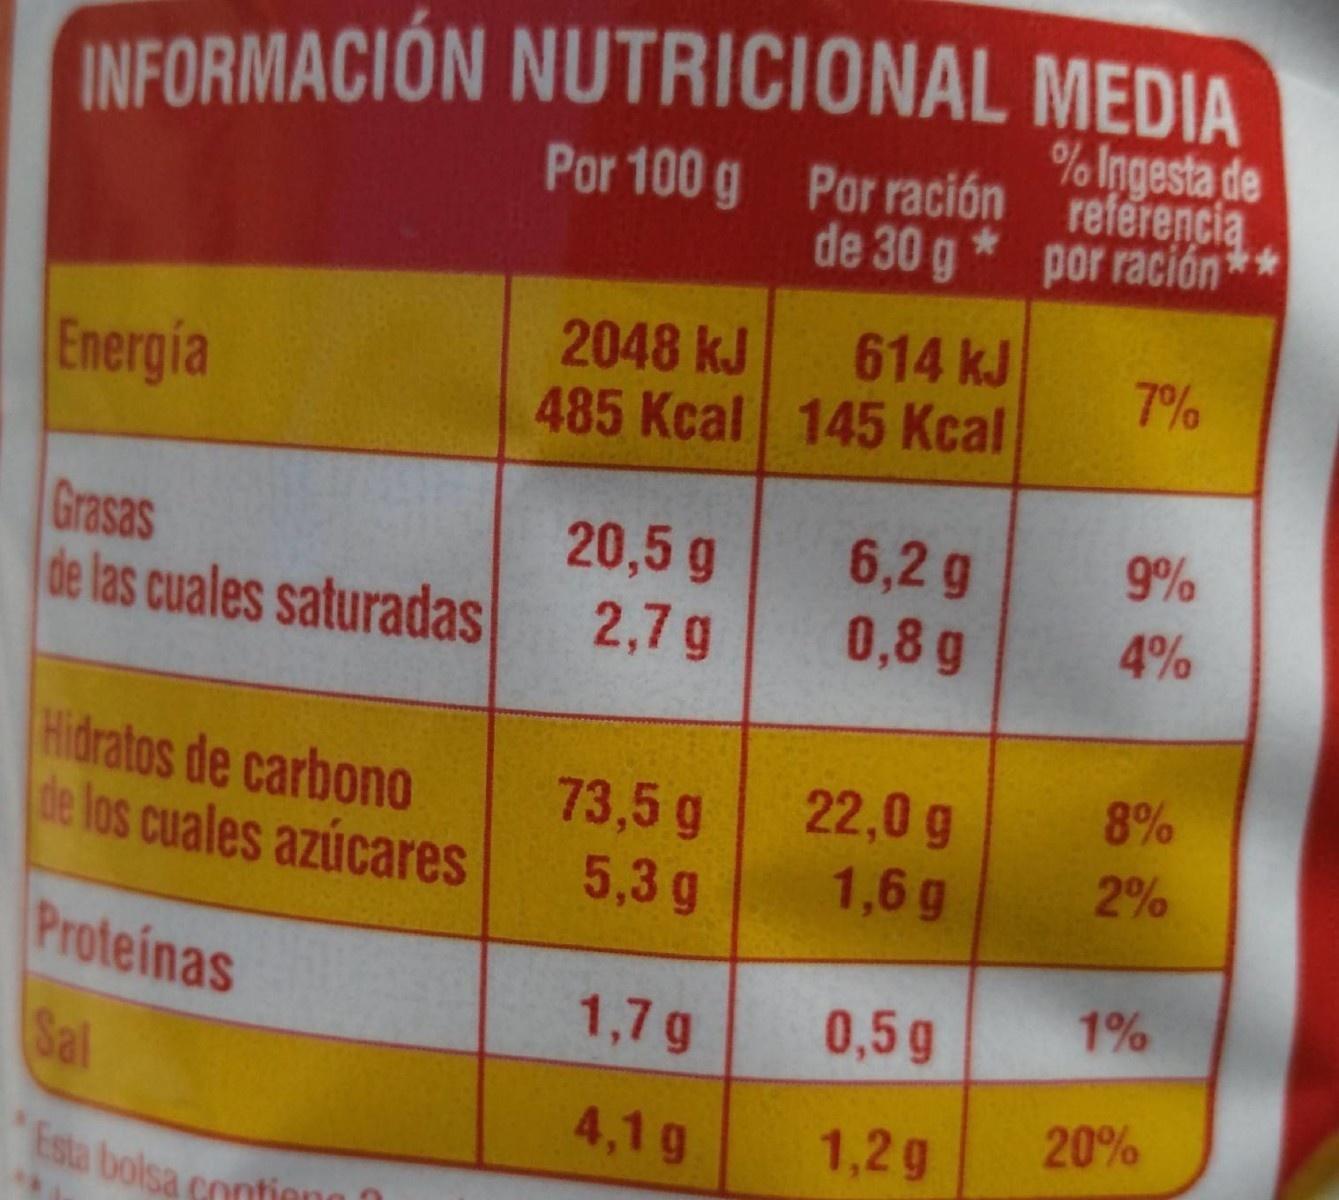
INFORMACIÓN NUTRICIONAL MEDIA
% Ingesta de Por 100 g Por ración referencia por ración*
de 30 g
614 kJ
2048 kJ 485 Kcal 145 Kcal
7%
Energia
6,2 g 0,8 g
9%
Grasas de las cuales saturadas
20,5 g 2,7 g
4%
Hidratos de carbono de los cuales azúcares
8%
22,0g 1,6 g
73,5 g
5,3 g
2%
Proteinas
1%
1,7g
0,5g
Sal
4,1 g
1,2g
20%
Esta bolsa contiena